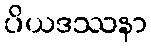
ပိယဒဿနာ